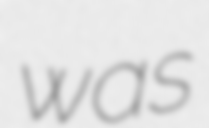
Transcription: was